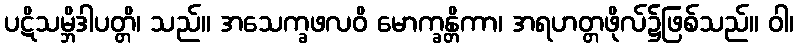
ပဋိသမ္ဘိဒါပတ္တိ၊ သည်။ အသေက္ခဖလဝိ မောက္ခန္တိကာ၊ အရဟတ္တဖိုလ်၌ဖြစ်သည်။ ဝါ၊